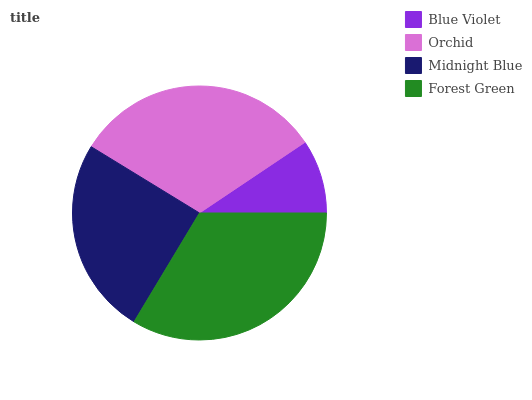
| Blue Violet | Orchid | Midnight Blue | Forest Green |
 | --- | --- | --- | --- |
 | 9.41% | 31.8% | 25.2% | 33.6% |